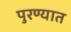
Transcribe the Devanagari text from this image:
पुरण्यात